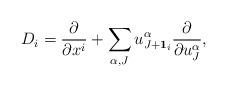
LaTeX: \begin{align*}D_i=\frac{\partial}{\partial x^i}+\sum_{\alpha,J}u_{J+\bold{1}_i}^{\alpha}\frac{\partial}{\partial u_J^{\alpha}},\end{align*}